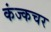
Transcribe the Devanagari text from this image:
कंज्कचर